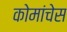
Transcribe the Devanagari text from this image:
कोमांचेस